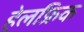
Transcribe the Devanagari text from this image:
हेलफ्रिक